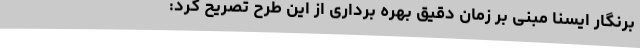
برنگار ایسنا مبنی بر زمان دقیق بهره برداری از این طرح تصریح کرد: